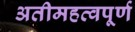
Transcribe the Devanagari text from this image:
अतीमहत्वपूर्ण